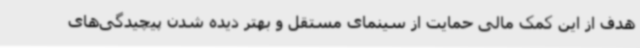
هدف از این کمک مالی حمایت از سینمای مستقل و بهتر دیده شدن پیچیدگی‌های